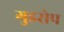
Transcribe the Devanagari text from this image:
गुडसेप